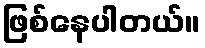
ဖြစ်နေပါတယ်။